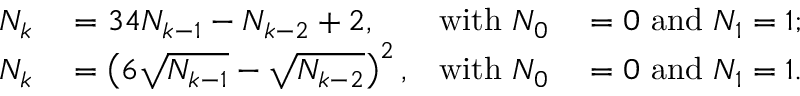
\begin{array} { r l r l } { N _ { k } } & { { } = 3 4 N _ { k - 1 } - N _ { k - 2 } + 2 , } & { { \mathrm { w i t h ~ } } N _ { 0 } } & { { } = 0 { \mathrm { ~ a n d ~ } } N _ { 1 } = 1 ; } \\ { N _ { k } } & { { } = \left( 6 { \sqrt { N _ { k - 1 } } } - { \sqrt { N _ { k - 2 } } } \right) ^ { 2 } , } & { { \mathrm { w i t h ~ } } N _ { 0 } } & { { } = 0 { \mathrm { ~ a n d ~ } } N _ { 1 } = 1 . } \end{array}